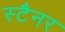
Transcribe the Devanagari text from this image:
स्टैनर